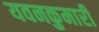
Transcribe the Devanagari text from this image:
यवनकुमारी